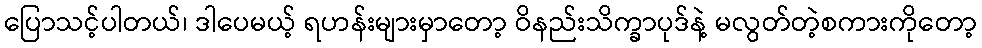
ပြောသင့်ပါတယ်၊ ဒါပေမယ့် ရဟန်းများမှာတော့ ဝိနည်းသိက္ခာပုဒ်နဲ့ မလွတ်တဲ့စကားကိုတော့